Indian journal of veterinary science and animal husbandry - Volume 8,
Year: 1938
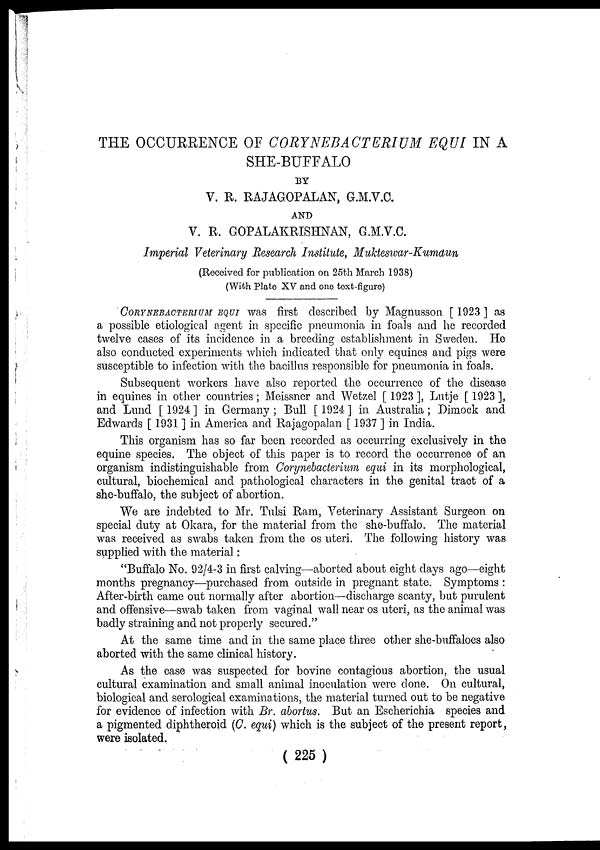
THE OCCURRENCE OF CORYNEBACTERIUM EQUI IN A
SHE-BUFFALO
BY
V. R. RAJAGOPALAN, G.M.V.C.
AND
V. R. GOPALAKRISHNAN, G.M.V.C.
Imperial Veterinary Research Institute, Mukteswar-Kumdun
(Received for publication on 25th March 1938)
(With Plate XV and one text-figure)
CORYNEBACTERIUM EQUI was first described by Magnusson [ 1923 ] as
a possible etiological agent in specific pneumonia in foals and he recorded
twelve cases of its incidence in a breeding establishment in Sweden. He
also conducted experiments which indicated that only equines and pigs were
susceptible to infection with the bacillus responsible for pneumonia in foals.
Subsequent workers have also reported the occurrence of the disease
in equines in other countries ; Meissner and Wetzel [ 1923 ], Lutje [ 1923 ],
and Lund [ 1924 ] in Germany ; Bull [ 1924 ] in Australia ; Dimock and
Edwards [ 1931 ] in America and Rajagopalan [ 1937 ] in India.
This organism has so far been recorded as occurring exclusively in the
equine species. The object of this paper is to record the occurrence of an
organism indistinguishable from Corynebacterium equi in its morphological,
cultural, biochemical and pathological characters in the genital tract of a
she-buffalo, the subject of abortion.
We are indebted to Mr. Tulsi Ram, Veterinary Assistant Surgeon on
special duty at Okara, for the material from the she-buffalo. The material
was received as swabs taken from the os uteri. The following history was
supplied with the material:
"Buffalo No. 92/4-3 in first calving—aborted about eight days ago—eight
months pregnancy—purchased from outside in pregnant state. Symptoms :
After-birth came out normally after abortion—discharge scanty, but purulent
and offensive—swab taken from vaginal wall near os uteri, as the animal was
badly straining and not properly secured."
At the same time and in the same place three other she-buffaloes also
aborted with the same clinical history.
As the case was suspected for bovine contagious abortion, the usual
cultural examination and small animal inoculation were done. On cultural,
biological and serological examinations, the material turned out to be negative
for evidence of infection with Br. abortus. But an Escherichia species and
a pigmented diphtheroid (C. equi) which is the subject of the present report,
were isolated.
( 225 )